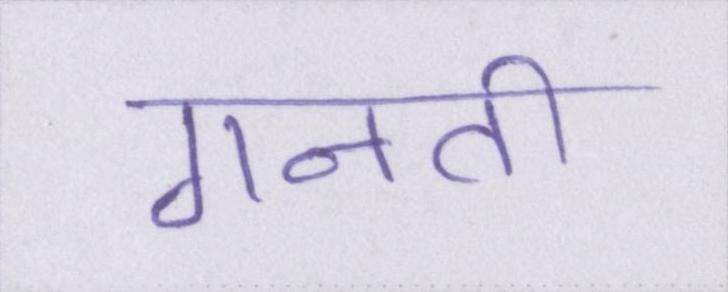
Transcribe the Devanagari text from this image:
गिनती